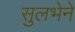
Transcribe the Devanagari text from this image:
सुलभेने